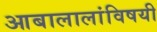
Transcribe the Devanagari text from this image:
आबालालांविषयी